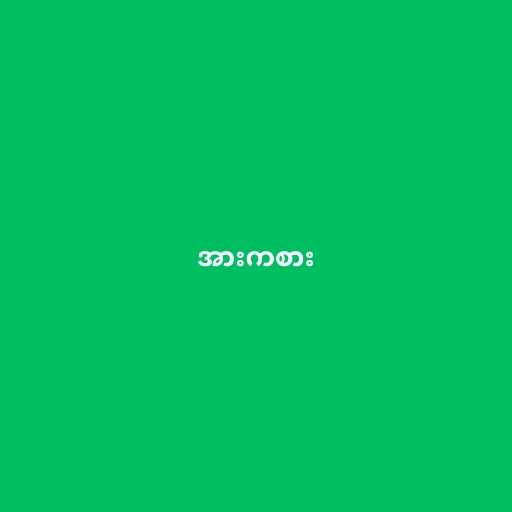
အားကစား